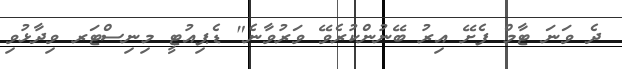
ދެ ވަނަ ޓާމް ފެށޭ އިރު ބޭނުންކުރެވޭ ވަރުވާނެ" ޑެޕިއުޓީ މިނިސްޓަރ ވިދާޅުވި